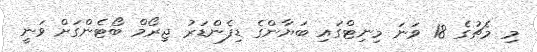
މި މެޗުގެ 18 ވަނަ މިނިޓްގައި ބަޔާންގެ ޑިފެންޑަރު ޖިރޯމް ބޯޓެންގަށް ވަނީ